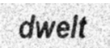
dwelt